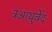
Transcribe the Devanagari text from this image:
त्रआयुर्वेद